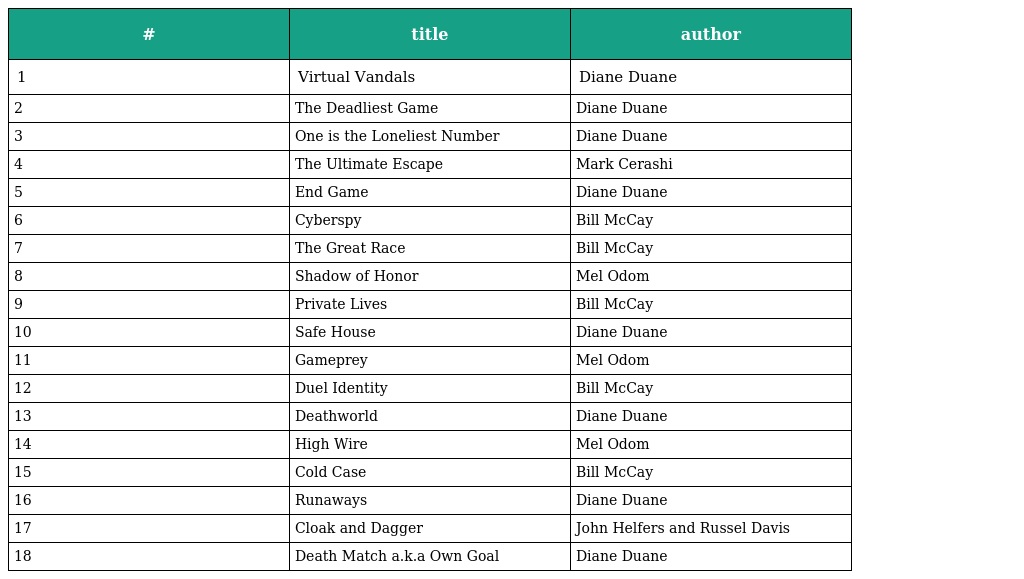
| # | title | author |
 | --- | --- | --- |
 | 1 | Virtual Vandals | Diane Duane |
 | 2 | The Deadliest Game | Diane Duane |
 | 3 | One is the Loneliest Number | Diane Duane |
 | 4 | The Ultimate Escape | Mark Cerashi |
 | 5 | End Game | Diane Duane |
 | 6 | Cyberspy | Bill McCay |
 | 7 | The Great Race | Bill McCay |
 | 8 | Shadow of Honor | Mel Odom |
 | 9 | Private Lives | Bill McCay |
 | 10 | Safe House | Diane Duane |
 | 11 | Gameprey | Mel Odom |
 | 12 | Duel Identity | Bill McCay |
 | 13 | Deathworld | Diane Duane |
 | 14 | High Wire | Mel Odom |
 | 15 | Cold Case | Bill McCay |
 | 16 | Runaways | Diane Duane |
 | 17 | Cloak and Dagger | John Helfers and Russel Davis |
 | 18 | Death Match a.k.a Own Goal | Diane Duane |